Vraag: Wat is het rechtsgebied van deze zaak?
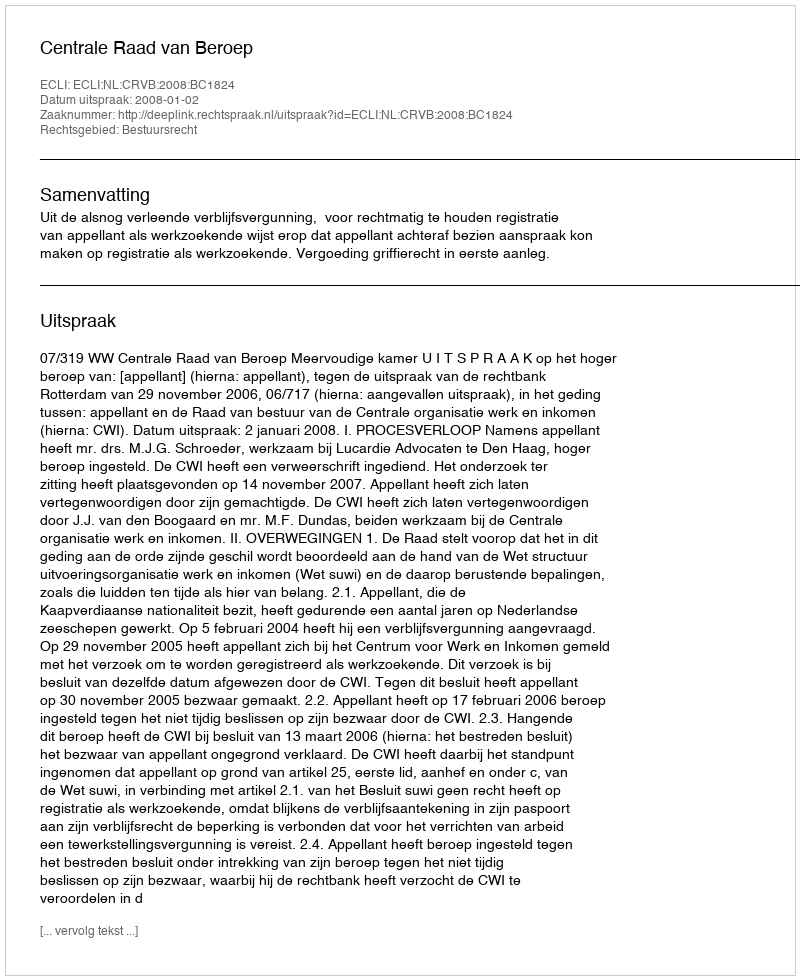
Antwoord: Bestuursrecht